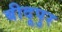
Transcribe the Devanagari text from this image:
बीदूपुर